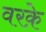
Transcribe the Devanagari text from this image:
वरक़े